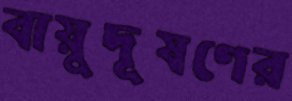
বায়ুদূষণের